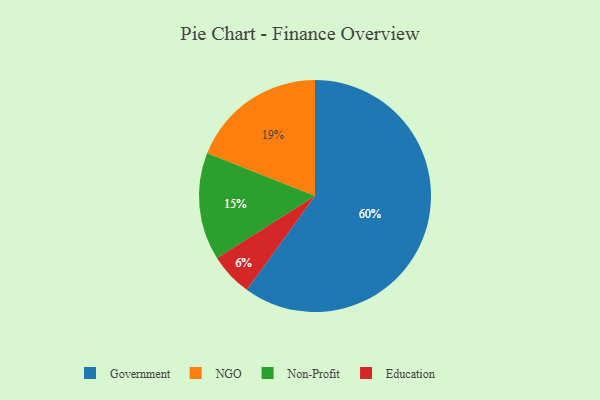
{"axis": {"x": "Category", "y": "Percentage"}, "legend": ["Education", "Government", "NGO", "Non-Profit"], "data": [{"x": "Education", "y": 6, "type": "Education"}, {"x": "NGO", "y": 19, "type": "NGO"}, {"x": "Government", "y": 60, "type": "Government"}, {"x": "Non-Profit", "y": 15, "type": "Non-Profit"}]}